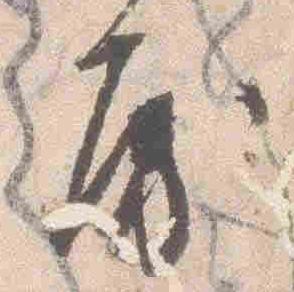
房